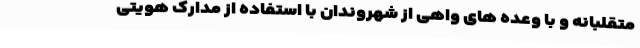
متقلبانه و با وعده های واهی از شهروندان با استفاده از مدارک هویتی